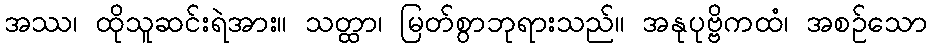
အဿ၊ ထိုသူဆင်းရဲအား။ သတ္ထာ၊ မြတ်စွာဘုရားသည်။ အနုပုဗ္ဗိကထံ၊ အစဉ်သော